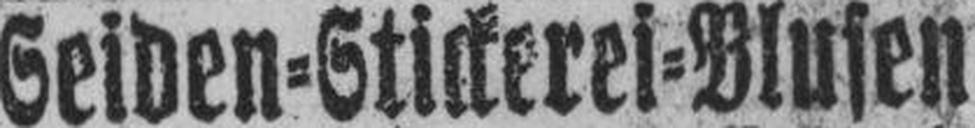
Seiden=Stickerei=Blusen